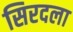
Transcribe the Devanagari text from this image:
सिरदला